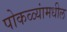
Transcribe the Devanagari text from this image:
पोकळ्यांमधील